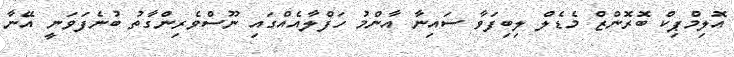
އޮލިމްޕިކް ބޮރޮންޒް މެޑެލް ލިބިފަވާ ސައިނާ އާންމު ހަފްލާއެއްގައި ނޫސްވެރިންގާތު ބުނެފަވަނީ އޭނާ